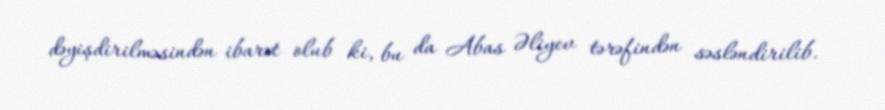
dəyişdirilməsindən ibarət olub ki, bu da Abas Əliyev tərəfindən səsləndirilib.